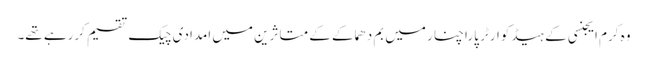
وہ کرم ایجنسی کے ہیڈکوارٹر پاراچنار میں بم دھماکے کے متاثرین میں امدادی چیک تقسیم کررہے تھے۔